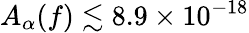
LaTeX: A_{\alpha}(f)\lesssim 8.9\times 10^{-18}